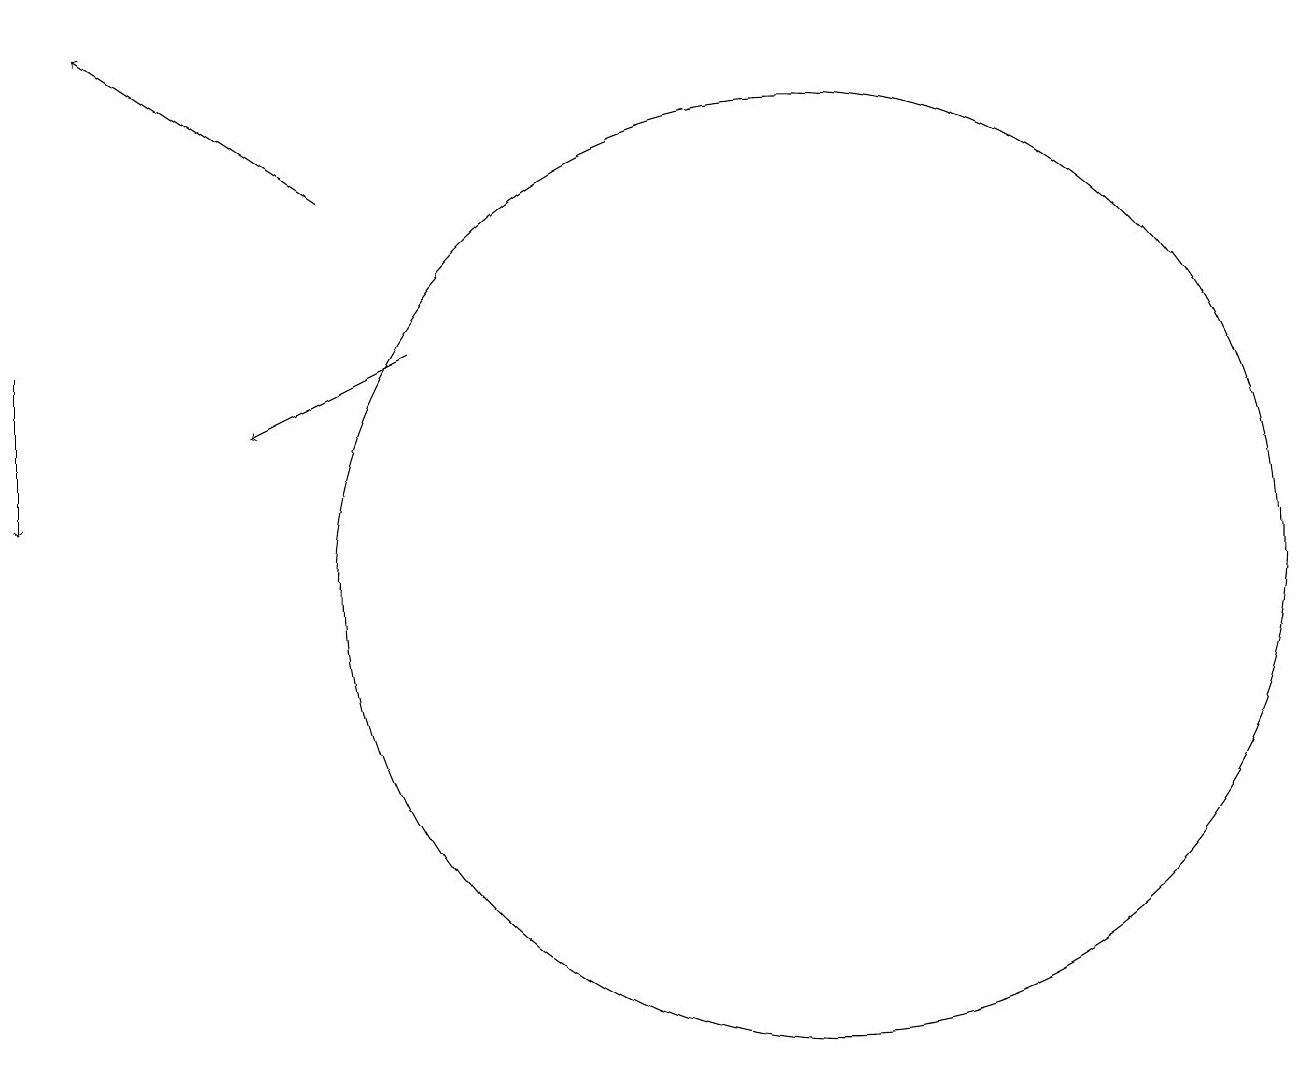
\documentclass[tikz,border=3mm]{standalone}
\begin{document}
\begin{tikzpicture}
\draw[->] (6,15) -- (4,14);
\draw[->] (5,17) -- (2,19);
\draw[->] (1,15) -- (1,13);
\draw (11,12) circle (6);
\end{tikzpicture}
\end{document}